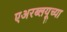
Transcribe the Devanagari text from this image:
एअरब्लयूच्या